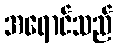
အရောင်သည်